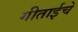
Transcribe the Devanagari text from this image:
गीताईचे